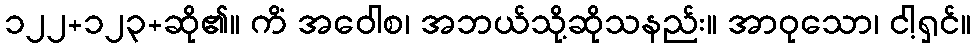
၁၂၂+၁၂၃+ဆို၏။ ကိံ အဝေါစ၊ အဘယ်သို့ဆိုသနည်း။ အာဝုသော၊ ငါ့ရှင်။